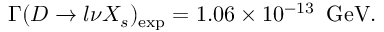
\Gamma ( D \rightarrow l \nu X _ { s } ) _ { \mathrm { e x p } } = 1 . 0 6 \times 1 0 ^ { - 1 3 } \, \, \, \mathrm { G e V } .